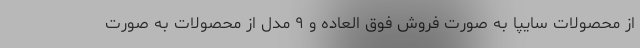
از محصولات سایپا به صورت فروش فوق العاده و ۹ مدل از محصولات به صورت